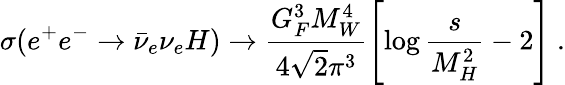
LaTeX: \sigma(e^{+}e^{-}\to\bar{\nu}_{e}\nu_{e}H)\to\frac{G_{F}^{3}M_{W}^{4}}{4\sqrt{2}\pi^{3}}\left[\log\frac{s}{M_{H}^{2}}-2\right]~.